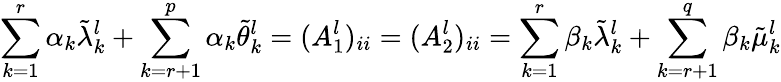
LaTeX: \sum_{k=1}^{r}\alpha_{k}\tilde{\lambda}_{k}^{l}+\sum_{k=r+1}^{p}\alpha_{k}\tilde{\theta}_{k}^{l}=(A_{1}^{l})_{ii}=(A_{2}^{l})_{ii}=\sum_{k=1}^{r}\beta_{k}\tilde{\lambda}_{k}^{l}+\sum_{k=r+1}^{q}\beta_{k}\tilde{\mu}_{k}^{l}